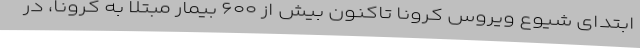
ابتدای شیوع ویروس کرونا تاکنون بیش از ۶۰۰ بیمار مبتلا به کرونا، در